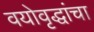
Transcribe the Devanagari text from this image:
वयोवृद्धांचा